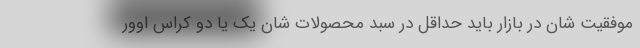
موفقیت شان در بازار باید حداقل در سبد محصولات شان یک یا دو کراس اوور